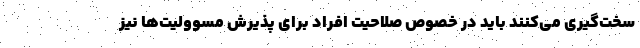
سخت‌گیری می‌کنند باید در خصوص صلاحیت افراد برای پذیرش مسوولیت‌ها نیز